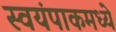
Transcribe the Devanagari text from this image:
स्वयंपाकमध्ये